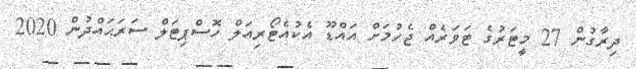
ދިރާގުން 27 މީޓަރުގެ ޓަވަރެއް ޖެހުމަށް އައްޑޫ އެކުއެޓޯރިއަލް ހޮސްޕިޓަލް ސަރަޙައްދުން 2020